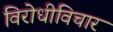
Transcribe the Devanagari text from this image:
विरोधीविचार